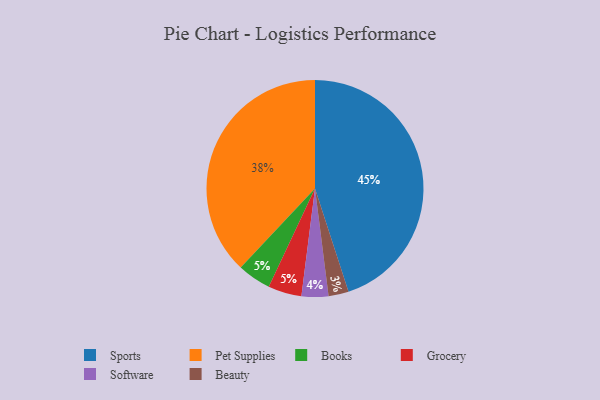
{"axis": {"x": "Category", "y": "Percentage"}, "legend": ["Beauty", "Books", "Grocery", "Pet Supplies", "Software", "Sports"], "data": [{"x": "Pet Supplies", "y": 38, "type": "Pet Supplies"}, {"x": "Software", "y": 4, "type": "Software"}, {"x": "Books", "y": 5, "type": "Books"}, {"x": "Sports", "y": 45, "type": "Sports"}, {"x": "Grocery", "y": 5, "type": "Grocery"}, {"x": "Beauty", "y": 3, "type": "Beauty"}]}